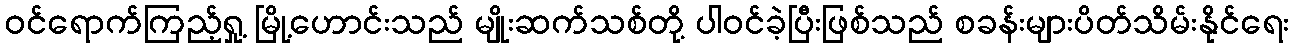
ဝင်ရောက်ကြည့်ရှု့ မြို့ဟောင်းသည် မျိုးဆက်သစ်တို့ ပါဝင်ခဲ့ပြီးဖြစ်သည် စခန်းများပိတ်သိမ်းနိုင်ရေး